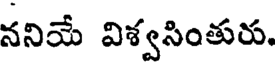
ననియే విశ్వసింతురు.